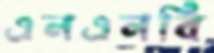
এনএনবি